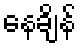
နေချိန်